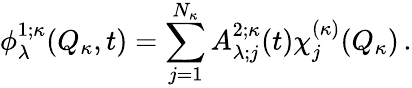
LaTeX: \phi_{\lambda}^{1;\kappa}(Q_{\kappa},t)=\sum_{j=1}^{N_{\kappa}}A_{\lambda;j}^{2;\kappa}(t)\chi_{j}^{(\kappa)}(Q_{\kappa})\, .